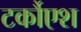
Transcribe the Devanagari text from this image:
टर्कौएश